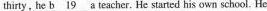
thirty, he \underline{b19} a teacher. He started his own school, He